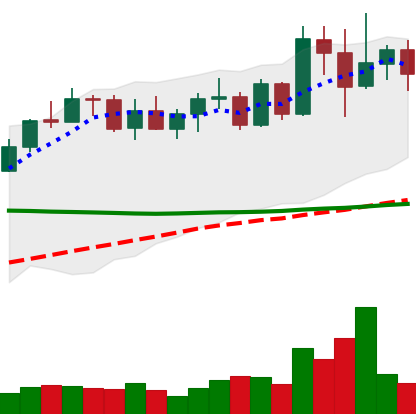
Ticker: XMR-USD
Chart end date: 2022-04-14
Forward return: 10.658%
Label: up_7plus